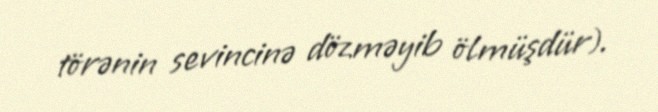
törənin sevincinə dözməyib ölmüşdür).